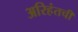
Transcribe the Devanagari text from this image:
अरिहंतची